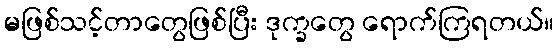
မဖြစ်သင့်တာတွေဖြစ်ပြီး ဒုက္ခတွေ ရောက်ကြရတယ်။